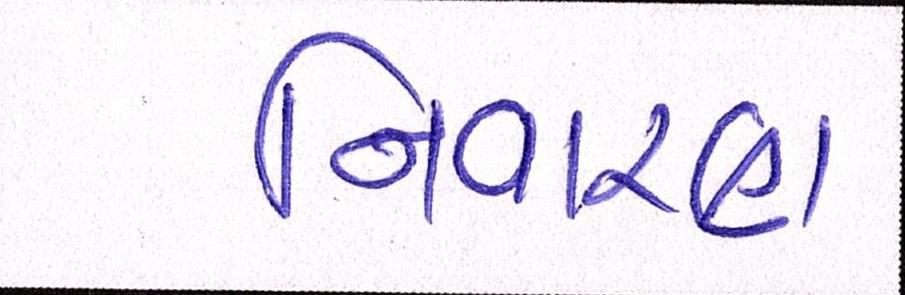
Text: નિવારણ